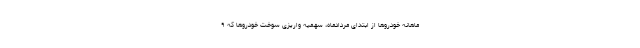
ماهانه خودروها از ابتدای مردادماه، سهمیه واریزی سوخت خودروها که ۹